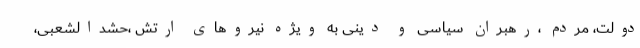
دولت، مردم ،رهبران سیاسی و دینی به ویژه نیروهای ارتش ،حشدالشعبی،